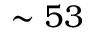
\sim 5 3